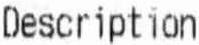
DESCRIPTION